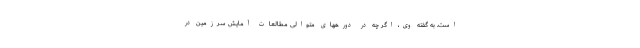
است. به گفته وی، اگر چه در دورههای متوالی مطالعات آمایش سرزمین در